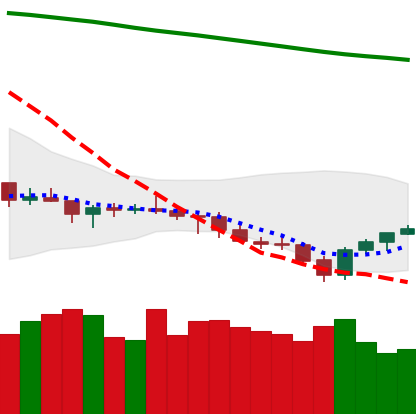
Ticker: LTC-USD
Chart end date: 2021-07-24
Forward return: 11.992%
Label: up_7plus